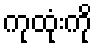
ကုထုံးကို